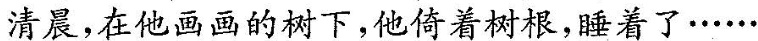
清晨，在他画画的树下，他倚着树根，睡着了······